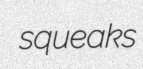
squeaks